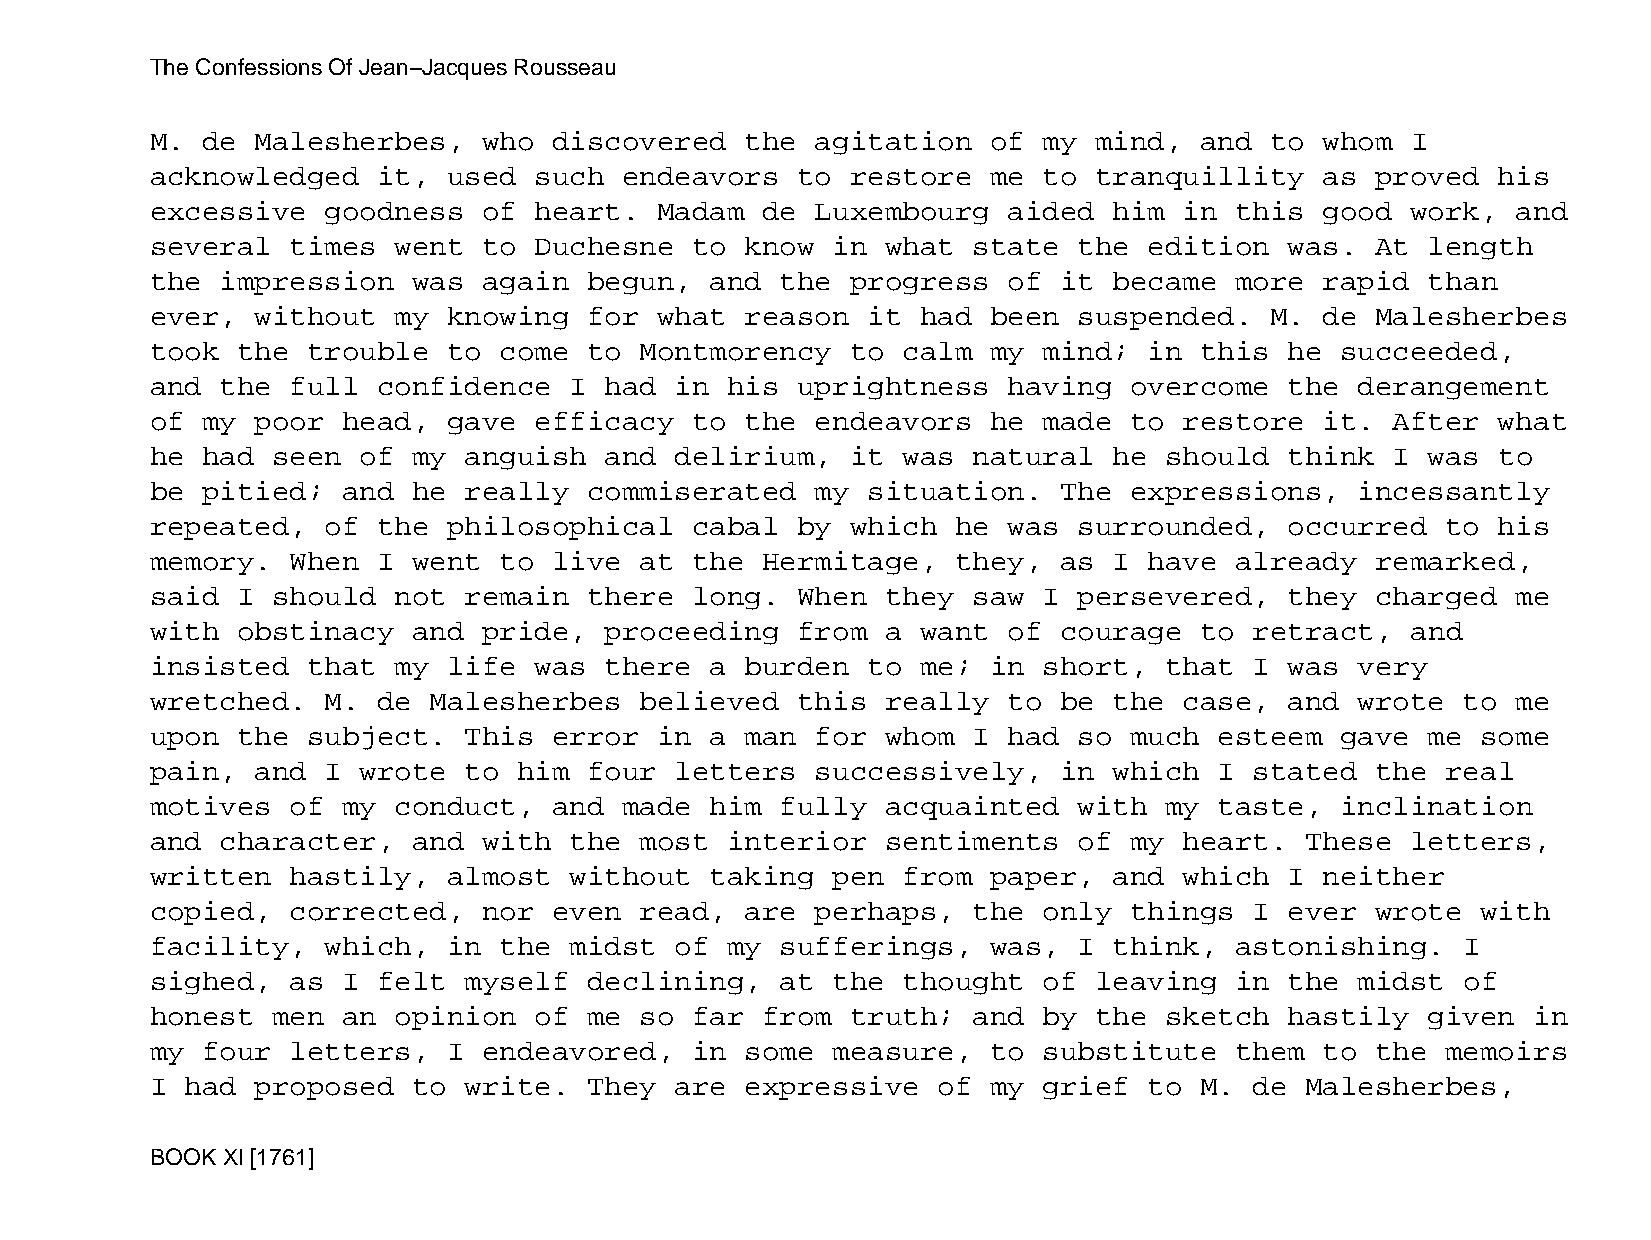
The Confessions Of Jean−Jacques Rousseau
 M. de  Malesherbes,   who  discovered  the  agitation   of my mind,  and  to  whom I
 acknowledged   it,  used such  endeavors   to restore   me to tranquillity    as proved  his
 excessive   goodness  of heart.   Madam de  Luxembourg   aided  him in  this  good work,  and
 several  times  went  to Duchesne   to know  in  what state  the  edition  was.  At  length
 the  impression  was  again  begun,  and  the progress   of it  became  more  rapid  than
 ever,  without  my  knowing  for  what reason  it  had  been suspended.   M.  de Malesherbes
 took  the trouble   to come  to Montmorency   to  calm  my mind;  in this  he  succeeded,
 and  the full  confidence   I had  in his  uprightness   having  overcome  the  derangement
 of my  poor  head,  gave efficacy   to the  endeavors   he made  to restore   it. After  what
 he had  seen  of my  anguish  and  delirium,  it  was natural   he should  think  I  was to
 be pitied;   and he  really  commiserated   my situation.   The  expressions,   incessantly
 repeated,   of the  philosophical   cabal  by which  he  was surrounded,   occurred   to his
 memory.  When  I went  to  live at  the Hermitage,   they,  as  I have  already  remarked,
 said  I should  not  remain  there  long.  When  they saw  I persevered,   they  charged  me
 with  obstinacy  and  pride,  proceeding   from  a want  of courage  to  retract,  and
 insisted  that  my  life was  there  a burden  to  me;  in short,  that  I was  very
 wretched.   M. de Malesherbes   believed   this  really  to be  the case,  and  wrote  to me
 upon  the subject.   This  error  in a man  for  whom I  had so  much  esteem  gave  me some
 pain,  and  I wrote  to him  four  letters  successively,   in  which  I stated  the  real
 motives  of  my conduct,   and made  him  fully  acquainted  with  my  taste,  inclination
 and  character,  and  with  the most  interior   sentiments  of  my heart.  These  letters,
 written  hastily,   almost  without  taking  pen  from  paper,  and which  I  neither
 copied,  corrected,   nor  even read,  are  perhaps,  the  only  things  I ever  wrote  with
 facility,   which,  in the  midst  of my  sufferings,   was, I  think,  astonishing.   I
 sighed,  as  I felt  myself  declining,   at the  thought  of leaving   in the  midst  of
 honest  men  an opinion  of  me so  far from  truth;  and  by the  sketch  hastily   given in
 my four  letters,   I endeavored,   in some  measure,   to substitute   them  to the  memoirs
 I had  proposed  to  write.  They  are expressive   of  my grief  to M.  de Malesherbes,
 BOOK XI [1761]